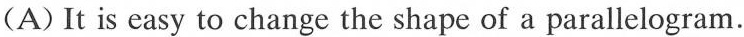
(A) It is easy to change the shape of a parallelogram.